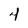
Character: 4